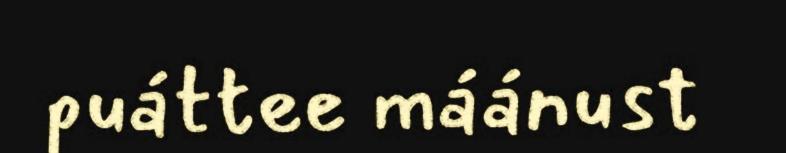
puáttee máánust